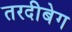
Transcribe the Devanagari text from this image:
तरदीबेग